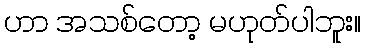
ဟာ အသစ်တော့ မဟုတ်ပါဘူး။